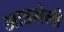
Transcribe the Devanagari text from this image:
आउसेली